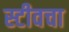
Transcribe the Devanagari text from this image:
स्टीवचा